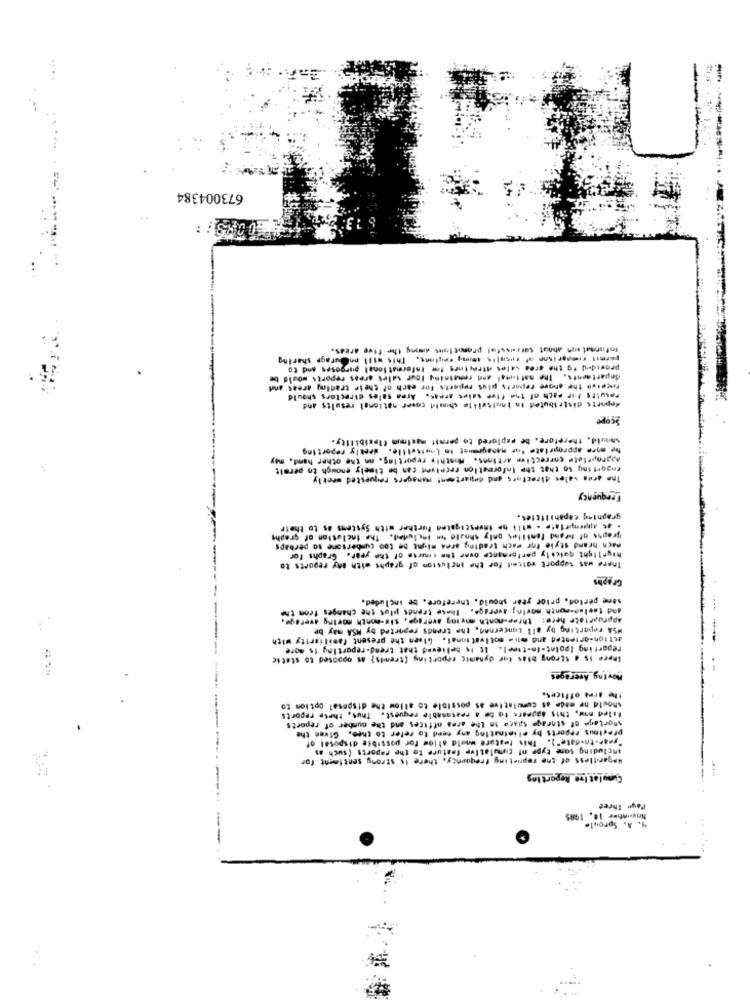
....
673004384
Information about Sarressfel promotions dmning the five areas.
pormit (reparisne of results sommy ceylons. This will poOurage sharing
provided Po the area sales directmes for Informational purposes and to
departments. The national and remaining lour sales areas reports would be
ficeiva the shore reports plus reports for each of their trading areas and
Fasults for each of the five sales areas. Area sales directors should
deports distributed in louisville should cover national results and
Scope
should, therefore, be explored to permit maximin fipcibility.
hp more appropriate for management to Loutteille. dretly reporting
aapropriate corrective artions. Monthly reporting. on the other hand, may
Fagortiny to that the Information receiveit can be timely enough to permit
Ins arms vales directors and department managers requested weekly
Frequency
graphing capabilities.
. at appenyrlate . wili ho investigated Further with Systems as to their
graphs of brand familles only should *is Included. The Inclusion of graphs
mach hrand style for mach trading area might be too cumbersone so perhaps
highlight quickly performance ovme the course of the year. Graphs for
There wat support waited for the inclusion of graphs with any reports to
Graphs
same period, prior year should. therefore, be included.
and taelwasmonth moving average. These trends plus the changes from the
appropriate here: three-month moving average, six-month moving average.
WSA reporting by all Loncernen, the trends reported by MSA may be
attfon-oriented and mlis motivational, Given the present familiarity with
reporting (point-In-time]. It is Believed that trend-reporting is more
there is a Strong bias for dynamic reporting (trends] as opposed to stetic
Moving Averages
...
the arma offices.
should he mide at Cumulative as possible to allow the disposal option to
filed mw, this appears to be a reasonable request. Thus, thetp reports
-----
shortage of storage Space in the area offices and the number of reports
"year-to-date"). This feature would allow for possible disposal of
precious reports by eliminating any need to refer to thee. Given the
Including some type of cumulative feature to the reports (such as
Hegardtless of the repneting frequency, there is strong sentiment for
Cumulative Report tos
-----
Page Three
Nowinber 10, 1985
4. A. Sproule
---